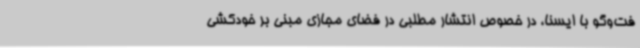
فت‌وگو با ایسنا، در خصوص انتشار مطلبی در فضای مجازی مبنی بر خودکشی